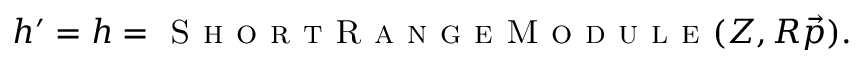
h ^ { \prime } = h = \textsc { S h o r t R a n g e M o d u l e } ( Z , R \Vec { p } ) .